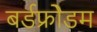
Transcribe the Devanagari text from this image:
बर्डफ्राेेडम